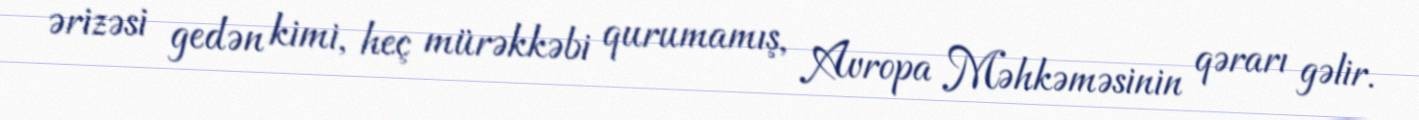
ərizəsi gedən kimi, heç mürəkkəbi qurumamış, Avropa Məhkəməsinin qərarı gəlir.